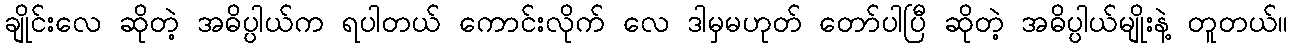
ချိုင်းလေ ဆိုတဲ့ အဓိပ္ပါယ်က ရပါတယ် ကောင်းလိုက် လေ ဒါမှမဟုတ် တော်ပါပြီ ဆိုတဲ့ အဓိပ္ပါယ်မျိုးနဲ့ တူတယ်။